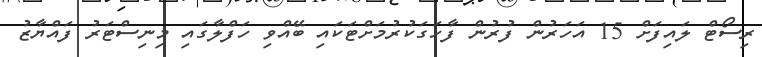
ރިސޯޓް ލައިފަށް 15 އަހަރުން ފުރުން ފާހަގަކުރުމަށްޓަކައި ބޭއްވި ހަފްލާގައި މިނިސްޓަރު ފައްޔާޒު